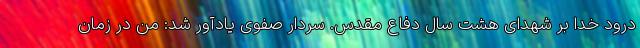
درود خدا بر شهدای هشت سال دفاع مقدس. سردار صفوی یادآور شد: من در زمان